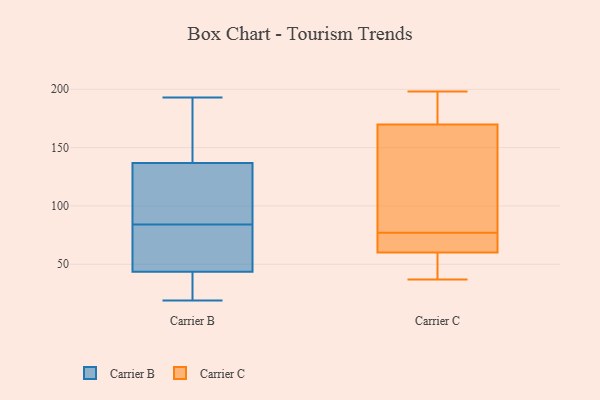
{"axis": {"x": "Inventory Turnover", "y": "Value"}, "legend": ["Carrier B", "Carrier C"], "data": [{"x": "", "y": 79, "type": "Carrier B"}, {"x": "", "y": 130, "type": "Carrier B"}, {"x": "", "y": 84, "type": "Carrier B"}, {"x": "", "y": 49, "type": "Carrier B"}, {"x": "", "y": 139, "type": "Carrier B"}, {"x": "", "y": 19, "type": "Carrier B"}, {"x": "", "y": 25, "type": "Carrier B"}, {"x": "", "y": 185, "type": "Carrier B"}, {"x": "", "y": 117, "type": "Carrier B"}, {"x": "", "y": 45, "type": "Carrier B"}, {"x": "", "y": 177, "type": "Carrier B"}, {"x": "", "y": 43, "type": "Carrier B"}, {"x": "", "y": 193, "type": "Carrier B"}, {"x": "", "y": 87, "type": "Carrier B"}, {"x": "", "y": 30, "type": "Carrier B"}, {"x": "", "y": 151, "type": "Carrier C"}, {"x": "", "y": 69, "type": "Carrier C"}, {"x": "", "y": 77, "type": "Carrier C"}, {"x": "", "y": 52, "type": "Carrier C"}, {"x": "", "y": 198, "type": "Carrier C"}, {"x": "", "y": 78, "type": "Carrier C"}, {"x": "", "y": 37, "type": "Carrier C"}, {"x": "", "y": 76, "type": "Carrier C"}, {"x": "", "y": 179, "type": "Carrier C"}, {"x": "", "y": 57, "type": "Carrier C"}, {"x": "", "y": 176, "type": "Carrier C"}]}